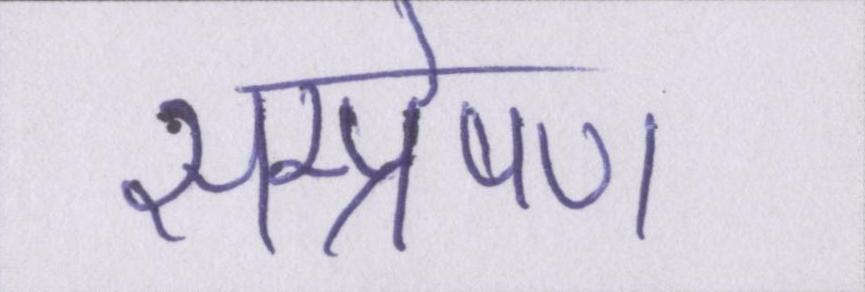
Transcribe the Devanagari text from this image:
सम्प्रेषण